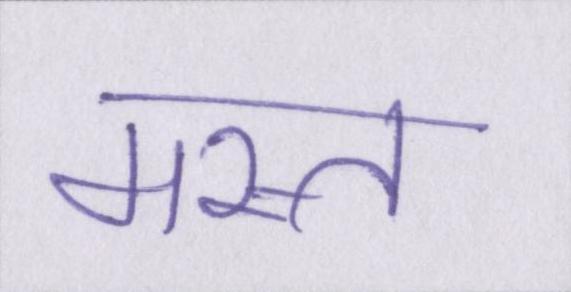
मस्त